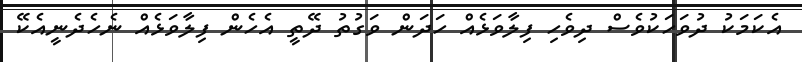
އެކަމަކު ދުވަހަކުވެސް ދިވެހި ފިލާވަޅެއް ހަދަން ވަގުތު ދޭތީ އެހެން ފިލާވަޅެއް ނެހެދެނީއެކޭ